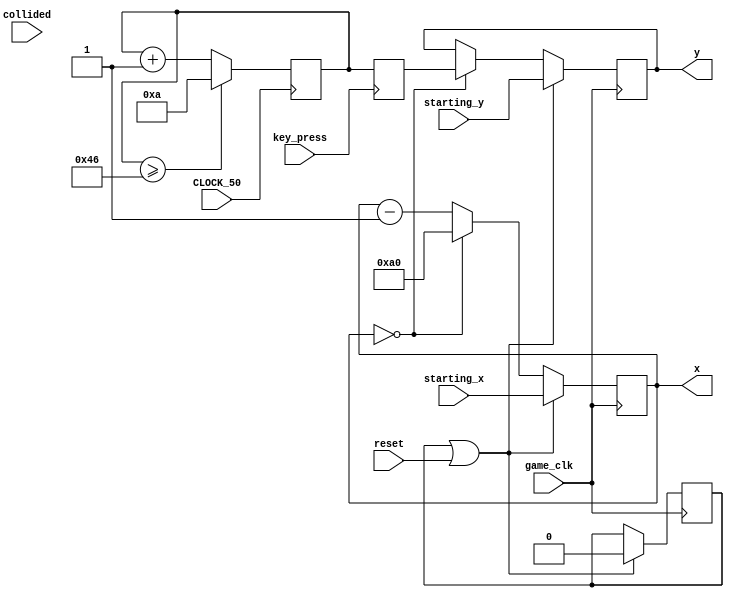
module pipe_register(CLOCK_50, key_press, starting_x, starting_y, game_clk, x, y, collided, reset);
    input key_press;
    input CLOCK_50;
    input [8:0] starting_x;
    input [6:0] starting_y;
    input game_clk;
    output [8:0] x;
    output [6:0] y;
	 input reset;
	 input collided;

    // height of the opening is 30 pixels, its y coordinate is the top of the opening
    // counter to store 10 y coordinates for new pipes
    // counter to count which pipe to store in
    reg [3:0] curr_counter = 4'b0000;

    // x and y of the pipe
    reg [8:0] curr_x;
    assign x[8:0] = curr_x[8:0];
	 reg [6:0] curr_y;
    assign y[6:0] = curr_y[6:0];
	
    reg initialize = 1'b1;
	 

    // assign a random number to each of the counters based on
    // curr_counter's number
    reg [6:0] random = 7'd10;
	 reg [6:0] counter= 7'd10;
    always @(posedge CLOCK_50)
	     begin
		      counter[6:0] <= counter[6:0] + 7'd1;
				if(counter[6:0] >= 7'd70)
					counter[6:0] <= 7'd10;
			end
    always @(posedge key_press)
        begin
		      random[6:0] <= counter[6:0];
			end 

                
    // move the pipe by 1
    always @(posedge game_clk)
    begin
	     if (initialize || reset) begin // if its in the state of initializing or resetting the game, then reset the coordinate of the pipe and its opening
            initialize <= 1'b0;
				curr_x[8:0] <= starting_x[8:0];
            curr_y[6:0] <= starting_y[6:0];
				end
        else if (curr_x == 9'd0) // else if the pipe reaches the left edge of the screen, move it back to the right edge and give it a new opening
            begin
                curr_y[6:0] <= random[6:0];
                curr_x[8:0] <= 9'd160;
            end
        else // move the pipe by 1 pixel every game clock cycle
            curr_x[8:0] <= curr_x[8:0] - 8'd1;
    end


endmodule